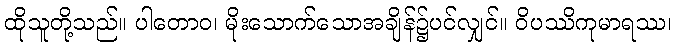
ထိုသူတို့သည်။ ပါတောဝ၊ မိုးသောက်သောအချိန်၌ပင်လျှင်။ ဝိပဿိကုမာရဿ၊